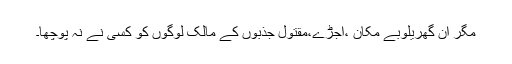
مگر ان گھریلوبے مکان ،اجڑے،مقتول جذبوں کے مالک لوگوں کو کسی نے نہ پوچھا۔